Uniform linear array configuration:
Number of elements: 64
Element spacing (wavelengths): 0.75
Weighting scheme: blackman
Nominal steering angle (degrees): -45
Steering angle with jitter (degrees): -46.187
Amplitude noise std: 0.05
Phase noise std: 0.05

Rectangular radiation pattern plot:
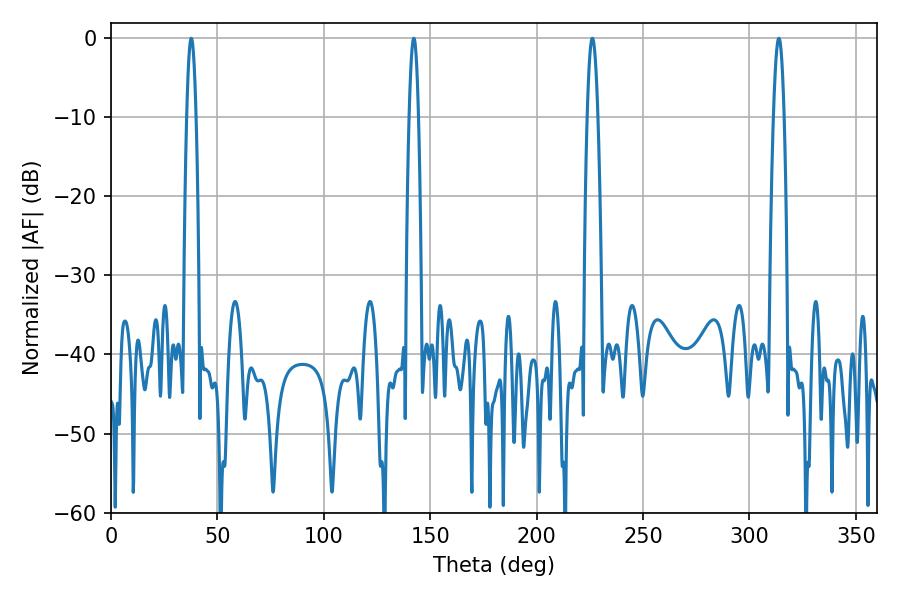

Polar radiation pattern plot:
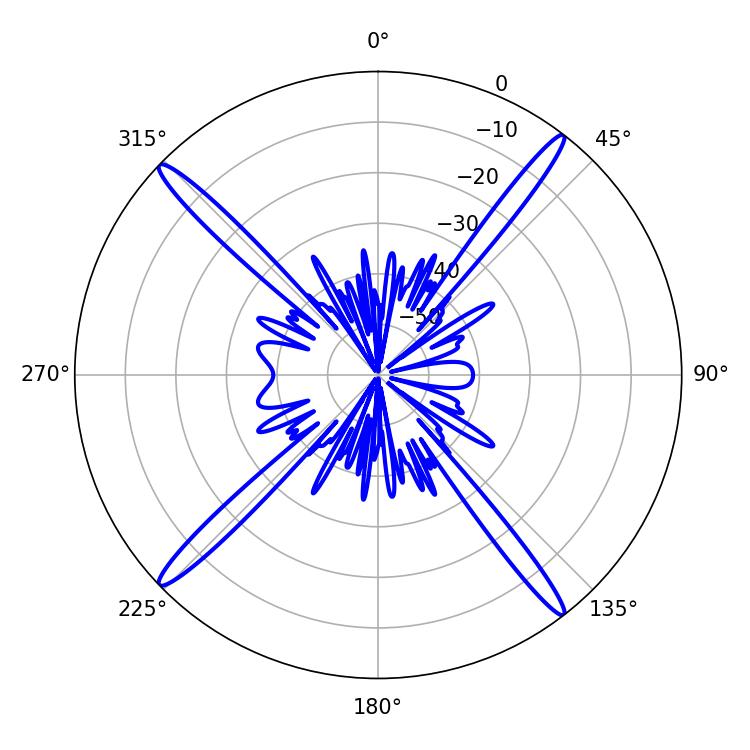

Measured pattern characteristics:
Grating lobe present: TRUE
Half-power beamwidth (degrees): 2.7
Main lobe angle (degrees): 313.74